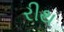
રીથ